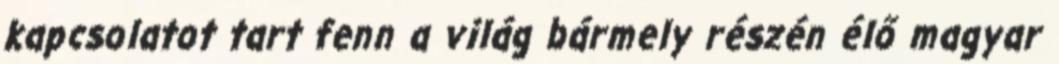
kapcsolatot tart fenn a világ bármely részén élő magyar